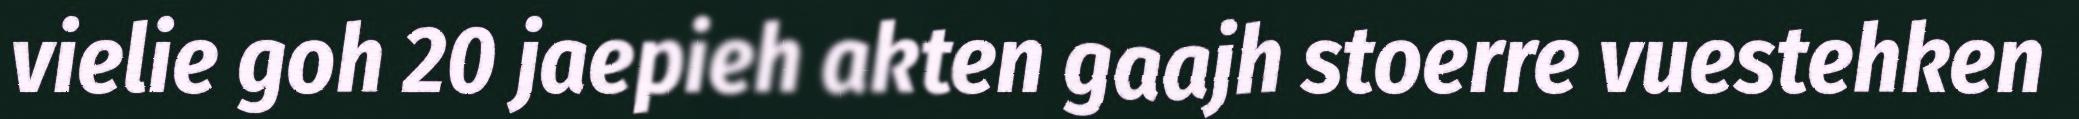
vielie goh 20 jaepieh akten gaajh stoerre vuestehken